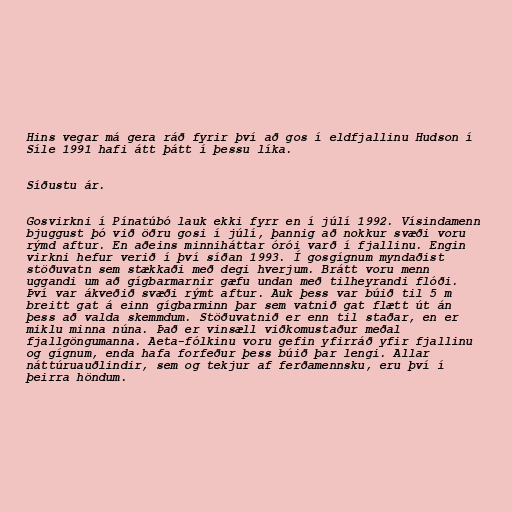
Hins vegar má gera ráð fyrir því að gos í eldfjallinu Hudson í
Síle 1991 hafi átt þátt í þessu líka.

Síðustu ár.

Gosvirkni í Pínatúbó lauk ekki fyrr en í júlí 1992. Vísindamenn
bjuggust þó við öðru gosi í júlí, þannig að nokkur svæði voru
rýmd aftur. En aðeins minniháttar órói varð í fjallinu. Engin
virkni hefur verið í því síðan 1993. Í gosgígnum myndaðist
stöðuvatn sem stækkaði með degi hverjum. Brátt voru menn
uggandi um að gígbarmarnir gæfu undan með tilheyrandi flóði.
Því var ákveðið svæði rýmt aftur. Auk þess var búið til 5 m
breitt gat á einn gígbarminn þar sem vatnið gat flætt út án
þess að valda skemmdum. Stöðuvatnið er enn til staðar, en er
miklu minna núna. Það er vinsæll viðkomustaður meðal
fjallgöngumanna. Aeta-fólkinu voru gefin yfirráð yfir fjallinu
og gígnum, enda hafa forfeður þess búið þar lengi. Allar
náttúruauðlindir, sem og tekjur af ferðamennsku, eru því í
þeirra höndum.